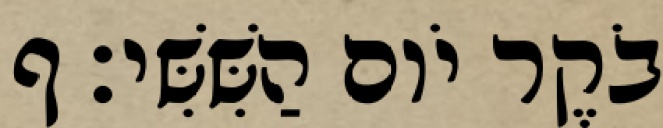
בֹקֶר יֹום הַשִּׁשִּׁי׃ ף